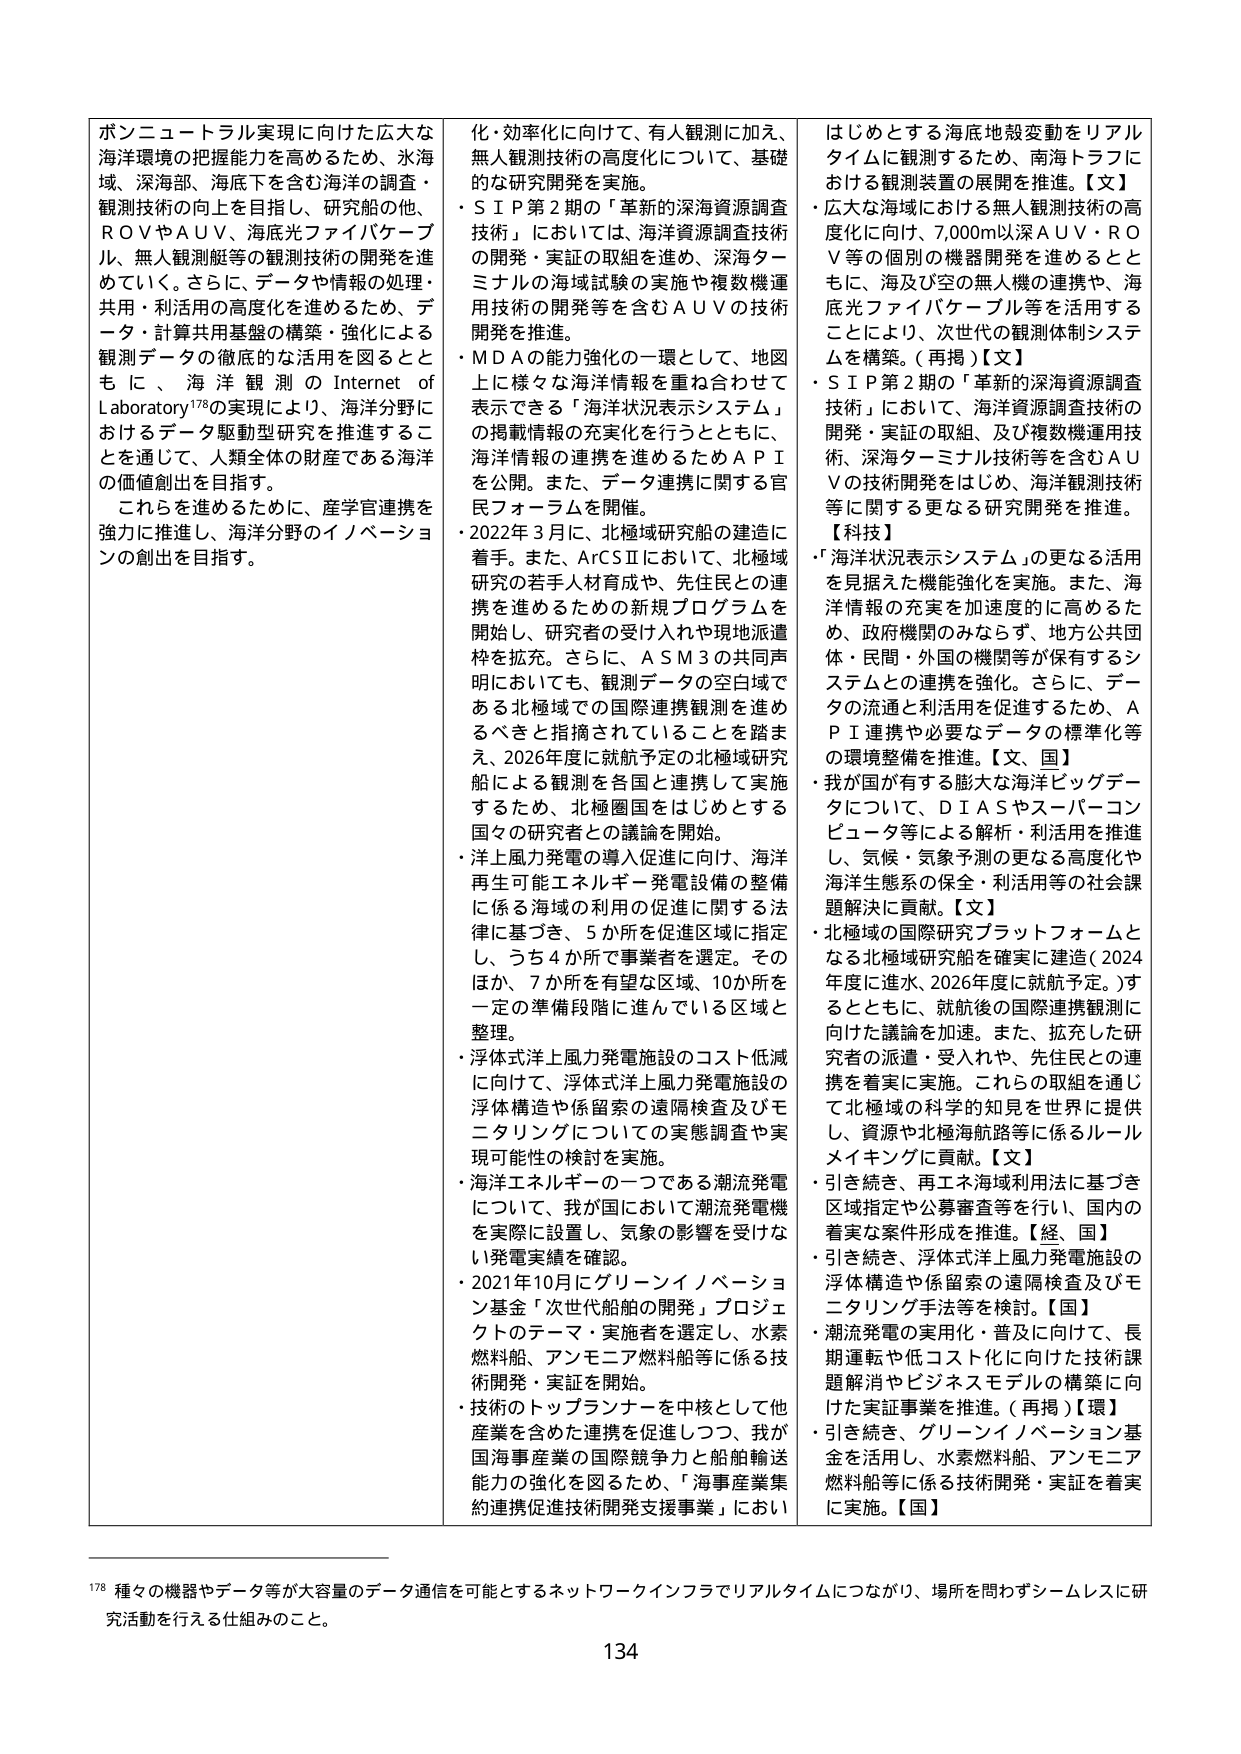
ボンニュートラル実現に向けた広大な海洋環境の把握能力を高めるため、氷海域、深海部、海底下を含む海洋の調査・観測技術の向上を目指し、研究船の他、ＲＯＶやＡＵＶ、海底光ファイバーケーブル、無人観測艇等の観測技術の開発を進めていく。さらに、データや情報の処理・共用・利活用の高度化を進めるため、データ・計算共用基盤の構築・強化による観測データの徹底的な活用を図るとともに、海洋観測のInternet of Laboratory¹⁷⁸の実現により、海洋分野におけるデータ駆動型研究を推進することを通じて、人類全体の財産である海洋の価値創出を目指す。

これらを進めるために、産学官連携を強力に推進し、海洋分野のイノベーションの創出を目指す。

化・効率化に向けて、有人観測に加え、無人観測技術の高度化について、基礎的な研究開発を実施。
・ＳＩＰ第２期の「革新的深海資源調査技術」においては、海洋資源調査技術の開発・実証の取組を進め、深海ターミナルの海域試験の実施や複数機運用技術の開発等を含むＡＵＶの技術開発を推進。
・ＭＤＡの能力強化の一環として、地図上に様々な海洋情報を重ね合わせて表示できる「海洋状況表示システム」の掲載情報の充実化を行うとともに、海洋情報の連携を進めるためＡＰＩを公開。また、データ連携に関する官民フォーラムを開催。
・2022年３月に、北極域研究船の建造に着手。また、ArcSⅡにおいて、北極域研究の若手人材育成や、先住民との連携を進めるための新規プログラムを開始し、研究者の受け入れや現地派遣枠を拡充。さらに、ＡＳＭ３の共同声明においても、観測データの空白域である北極域での国際連携観測を進めるべきと指摘されていることを踏まえ、2026年度に就航予定の北極域研究船による観測を各国と連携して実施するため、北極圏国をはじめとする国々の研究者との議論を開始。
・洋上風力発電の導入促進に向け、海洋再生可能エネルギー発電設備の整備に係る海域の利用の促進に関する法律に基づき、５か所を促進区域に指定し、うち４か所で事業者を選定。そのほか、７か所を有望な区域、10か所を一定の準備段階に進んでいる区域と整理。
・浮体式洋上風力発電施設のコスト低減に向けて、浮体式洋上風力発電施設の浮体構造や係留索の遠隔検査及びモニタリングについての実態調査や実現可能性の検討を実施。
・海洋エネルギーの一つである潮流発電について、我が国において潮流発電機を実際に設置し、気象の影響を受けない発電実績を確認。
・2021年10月にグリーンイノベーション基金「次世代船舶の開発」プロジェクトのテーマ・実施者を選定し、水素燃料船、アンモニア燃料船等に係る技術開発・実証を開始。
・技術のトップランナーを中核として他産業を含めた連携を促進しつつ、我が国海事産業の国際競争力と船舶輸送能力の強化を図るため、「海事産業集約連携促進技術開発支援事業」におい

はじめとする海底地殻変動をリアルタイムに観測するため、南海トラフにおける観測装置の展開を推進。【文】
・広大な海域における無人観測技術の高度化に向け、7,000m以深ＡＵＶ・ＲＯＶ等の個別の機器開発を進めるとともに、海及び空の無人機の連携や、海底光ファイバーケーブル等を活用することにより、次世代の観測体制システムを構築。（再掲）【文】
・ＳＩＰ第２期の「革新的深海資源調査技術」において、海洋資源調査技術の開発・実証の取組、及び複数機運用技術、深海ターミナル技術等を含むＡＵＶの技術開発をはじめ、海洋観測技術等に関する更なる研究開発を推進。【科技】
・「海洋状況表示システム」の更なる活用を見据えた機能強化を実施。また、海洋情報の充実を加速度的に高めるため、政府機関のみならず、地方公共団体・民間・外国の機関等が保有するシステムとの連携を強化。さらに、データの流通と利活用を促進するため、ＡＰＩ連携や必要なデータの標準化等の環境整備を推進。【文、国】
・我が国が有する膨大な海洋ビッグデータについて、ＤＩＡＳやスーパーコンピュータ等による解析・利活用を推進し、気候・気象予測の更なる高度化や海洋生態系の保全・利活用等の社会課題解決に貢献。【文】
・北極域の国際研究プラットフォームとなる北極域研究船を確実に建造（2024年度に進水、2026年度に就航予定。）するとともに、就航後の国際連携観測に向けた議論を加速。また、拡充した研究者の派遣・受入れや、先住民との連携を着実に実施。これらの取組を通じて北極域の科学的知見を世界に提供し、資源や北極海航路等に係るルールメイキングに貢献。【文】
・引き続き、再エネ海域利用法に基づき区域指定や公募審査等を行い、国内の着実な案件形成を推進。【経、国】
・引き続き、浮体式洋上風力発電施設の浮体構造や係留索の遠隔検査及びモニタリング手法等を検討。【国】
・潮流発電の実用化・普及に向けて、長期運転や低コスト化に向けた技術課題解消やビジネスモデルの構築に向けた実証事業を推進。（再掲）【環】
・引き続き、グリーンイノベーション基金を活用し、水素燃料船、アンモニア燃料船等に係る技術開発・実証を着実に実施。【国】

¹⁷⁸ 種々の機器やデータ等が大容量のデータ通信を可能とするネットワークインフラでリアルタイムにつながり、場所を問わずシームレスに研究活動を行える仕組みのこと。

134